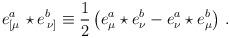
LaTeX: \begin{align*}e^a_{\left[\mu\right.} \star e^b_{\left.\nu\right]} \equiv\frac 12 \left(e^a_{\mu} \star e^b_{\nu} - e^a_{\nu} \star e^b_{\mu}\right)\,.\end{align*}